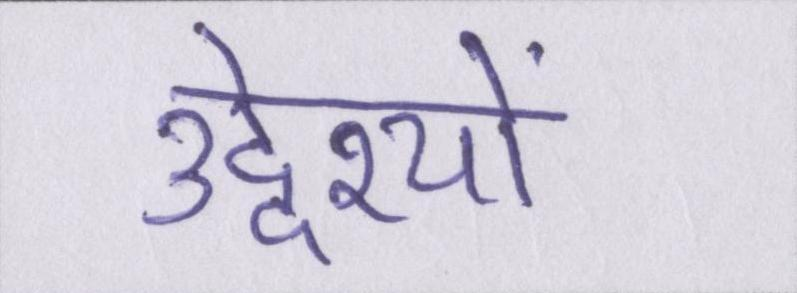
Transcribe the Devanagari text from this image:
उद्देश्यों